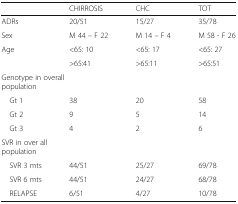
|  | CHIRROSIS | CHC | TOT |
 | --- | --- | --- | --- |
 | ADRs | 20/51 | 15/27 | 35/78 |
 | Sex | M 44 – F 22 | M 14 – F 4 | M 58 - F 26 |
 | <ROWSPAN=2> Age | <65: 10 | <65: 17 | <65: 27 |
 | >65:41 | >65:11 | >65:51 |
 | <COLSPAN=4> Genotype in overall population |
 | Gt 1 | 38 | 20 | 58 |
 | Gt 2 | 9 | 5 | 14 |
 | Gt 3 | 4 | 2 | 6 |
 | <COLSPAN=4> SVR in over all population |
 | SVR 3 mts | 44/51 | 25/27 | 69/78 |
 | SVR 6 mts | 44/51 | 24/27 | 68/78 |
 | RELAPSE | 6/51 | 4/27 | 10/78 |